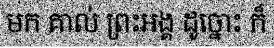
មក គាល់ ព្រះអង្គ ដូច្នោះ ក៏